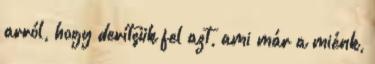
arról, hogy derítsük fel azt, ami már a miénk,